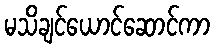
မသိချင်ယောင်ဆောင်ကာ